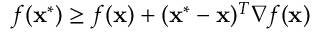
f ( \mathbf { x } ^ { * } ) \geq f ( \mathbf { x } ) + ( \mathbf { x } ^ { * } - \mathbf { x } ) ^ { T } \nabla f ( \mathbf { x } )